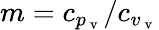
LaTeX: m=c_{p_{\mathrm{~v~}}}/c_{v_{\mathrm{~v~}}}